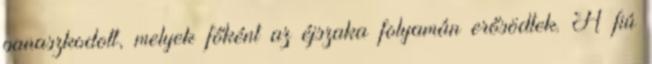
panaszkodott, melyek főként az éjszaka folyamán erősödtek. A fiú